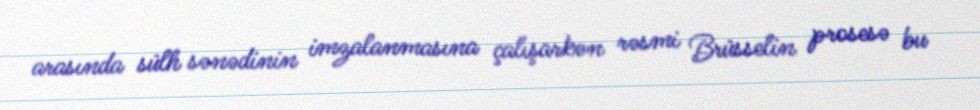
arasında sülh sənədinin imzalanmasına çalışarkən rəsmi Brüsselin prosesə bu